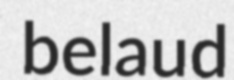
belaud